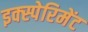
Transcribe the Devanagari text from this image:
इक्स्पेरिमेंट